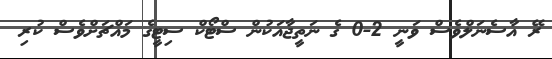
ރޭ އާސެނަލްވެސް ވަނީ 2-0 ގެ ނަތީޖާއަކުން ސްޓޯކް ސިޓީގެ މައްޗަށްވެސް ކުރި